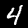
Digit: 4